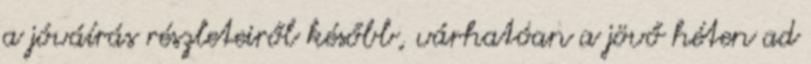
a jóváírás részleteiről később, várhatóan a jövő héten ad